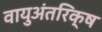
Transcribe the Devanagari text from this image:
वायुअंतरिक्ष